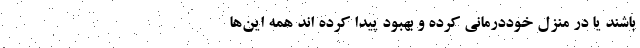
باشند یا در منزل خوددرمانی کرده و بهبود پیدا کرده اند همه این‌ها